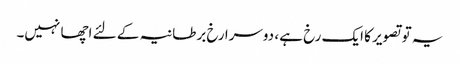
یہ تو تصویر کا ایک رخ ہے ، دوسرا رخ برطانیہ کے لئے اچھا نہیں۔